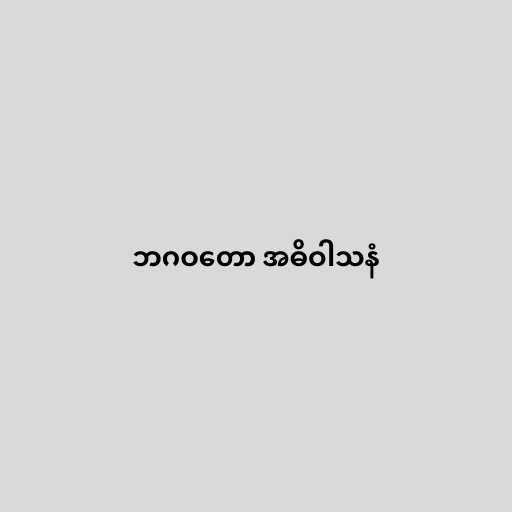
ဘဂဝတော အဓိဝါသနံ